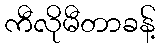
ကီလိုမီတာခန့်